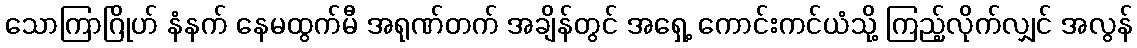
သောကြာဂြိုဟ် နံနက် နေမထွက်မီ အရုဏ်တက် အချိန်တွင် အရှေ့ ကောင်းကင်ယံသို့ ကြည့်လိုက်လျှင် အလွန်